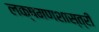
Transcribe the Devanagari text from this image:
लक्षमणशास्त्री